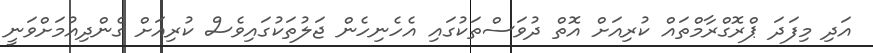
އަދި މިފަދަ ޕްރޮގްރާމްތައް ކުރިއަށް އޮތް ދުވަސްތަކުގައި އެހެނިހެން ޖަލުތަކުގައިވެސް ކުރިއަށް ގެންދިއުމަށްވަނީ